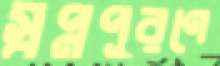
স্বপ্নপূরণে